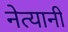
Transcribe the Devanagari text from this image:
नेत्यानी